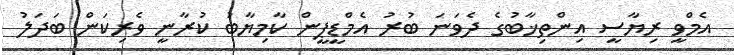
އެމްވީ ރިޔާސީ އިންތިޚާބުގެ ދެވަނަ ބުރު އެމްޑީޕީން ކާމިޔާބު ކުރާނީ ވެރިކަން ބަދަލު